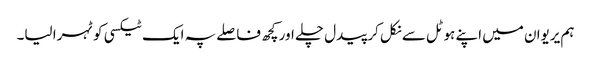
ہم یریوان میں اپنے ہوٹل سے نکل کر پیدل چلے اور کچھ فاصلے پہ ایک ٹیکسی کو ٹہرا لیا۔